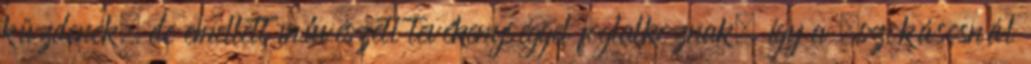
küzdenek, de emellett művészeti tevékenységgel foglalkoznak, így a „szokásosnál